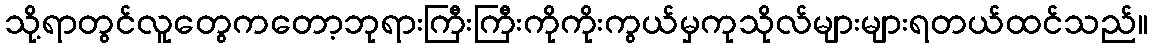
သို့ရာတွင်လူတွေကတော့ဘုရားကြီးကြီးကိုကိုးကွယ်မှကုသိုလ်များများရတယ်ထင်သည်။